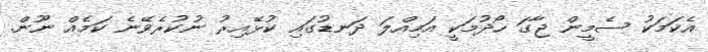
އެކަމަކު ސެމީން ޖާގަ ހޯދުމަކީ އަމިއްލަ ދަނޑުގައި ކުޅޭއިރު ނުކުރެވޭނެ ކަމެއް ނޫން.